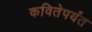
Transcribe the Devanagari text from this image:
कवितेपर्यंत